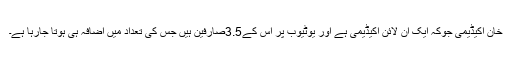
خان اکیڈیمی جوکہ ایک ان لائن اکیڈیمی ہے اور یوٹیوب پر اس کے3.5صارفین ہیں جس کی تعداد میں اضافہ ہی ہوتا جارہا ہے۔